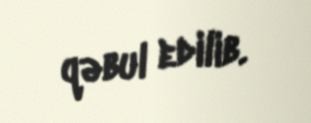
qəbul edilib.